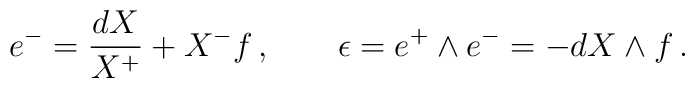
e^-=\frac{dX}{X^+} +X^-f \,,\qquad\epsilon =e^+\wedge e^-=-dX\wedge f \,.